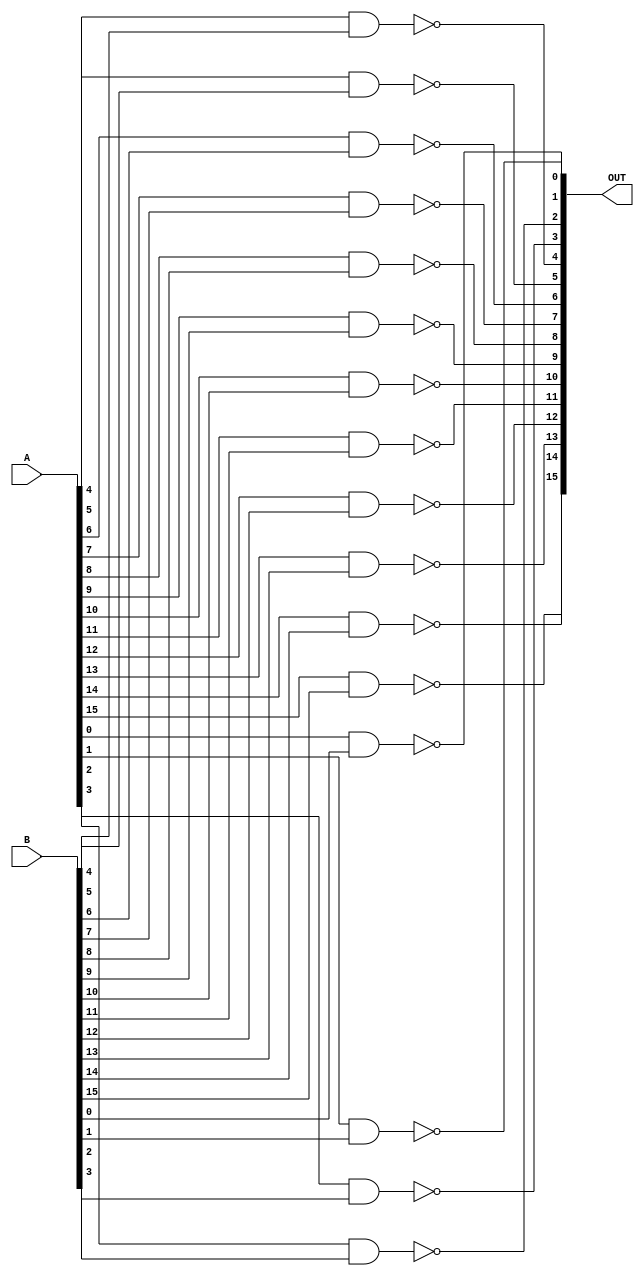
module POS_NAND(
output wire[15:0]OUT,
input wire[15:0]A,
input wire[15:0]B
    );
nand nand0(OUT[0],A[0],B[0]);    
nand nand1(OUT[1],A[1],B[1]);  
nand nand2(OUT[2],A[2],B[2]);  
nand nand3(OUT[3],A[3],B[3]);  
nand nand4(OUT[4],A[4],B[4]);    
nand nand5(OUT[5],A[5],B[5]);  
nand nand6(OUT[6],A[6],B[6]);  
nand nand7(OUT[7],A[7],B[7]); 
nand nand8(OUT[8],A[8],B[8]);    
nand nand9(OUT[9],A[9],B[9]);  
nand nand10(OUT[10],A[10],B[10]);  
nand nand11(OUT[11],A[11],B[11]); 
nand nand12(OUT[12],A[12],B[12]);    
nand nand13(OUT[13],A[13],B[13]);  
nand nand14(OUT[14],A[14],B[14]);  
nand nand15(OUT[15],A[15],B[15]); 
endmodule